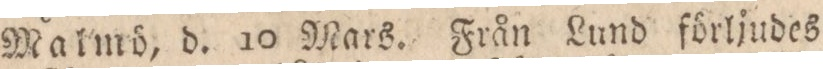
Malmö, d. 10 Mars. Från Lund förljudes